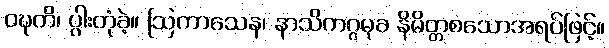
ဝဍ္ဎတိ၊ ပွါးတုံခဲ့။ ဩကာသေန၊ နာသိကဂ္ဂမုခ နိမိတ္တစသောအရပ်ဖြင့်။